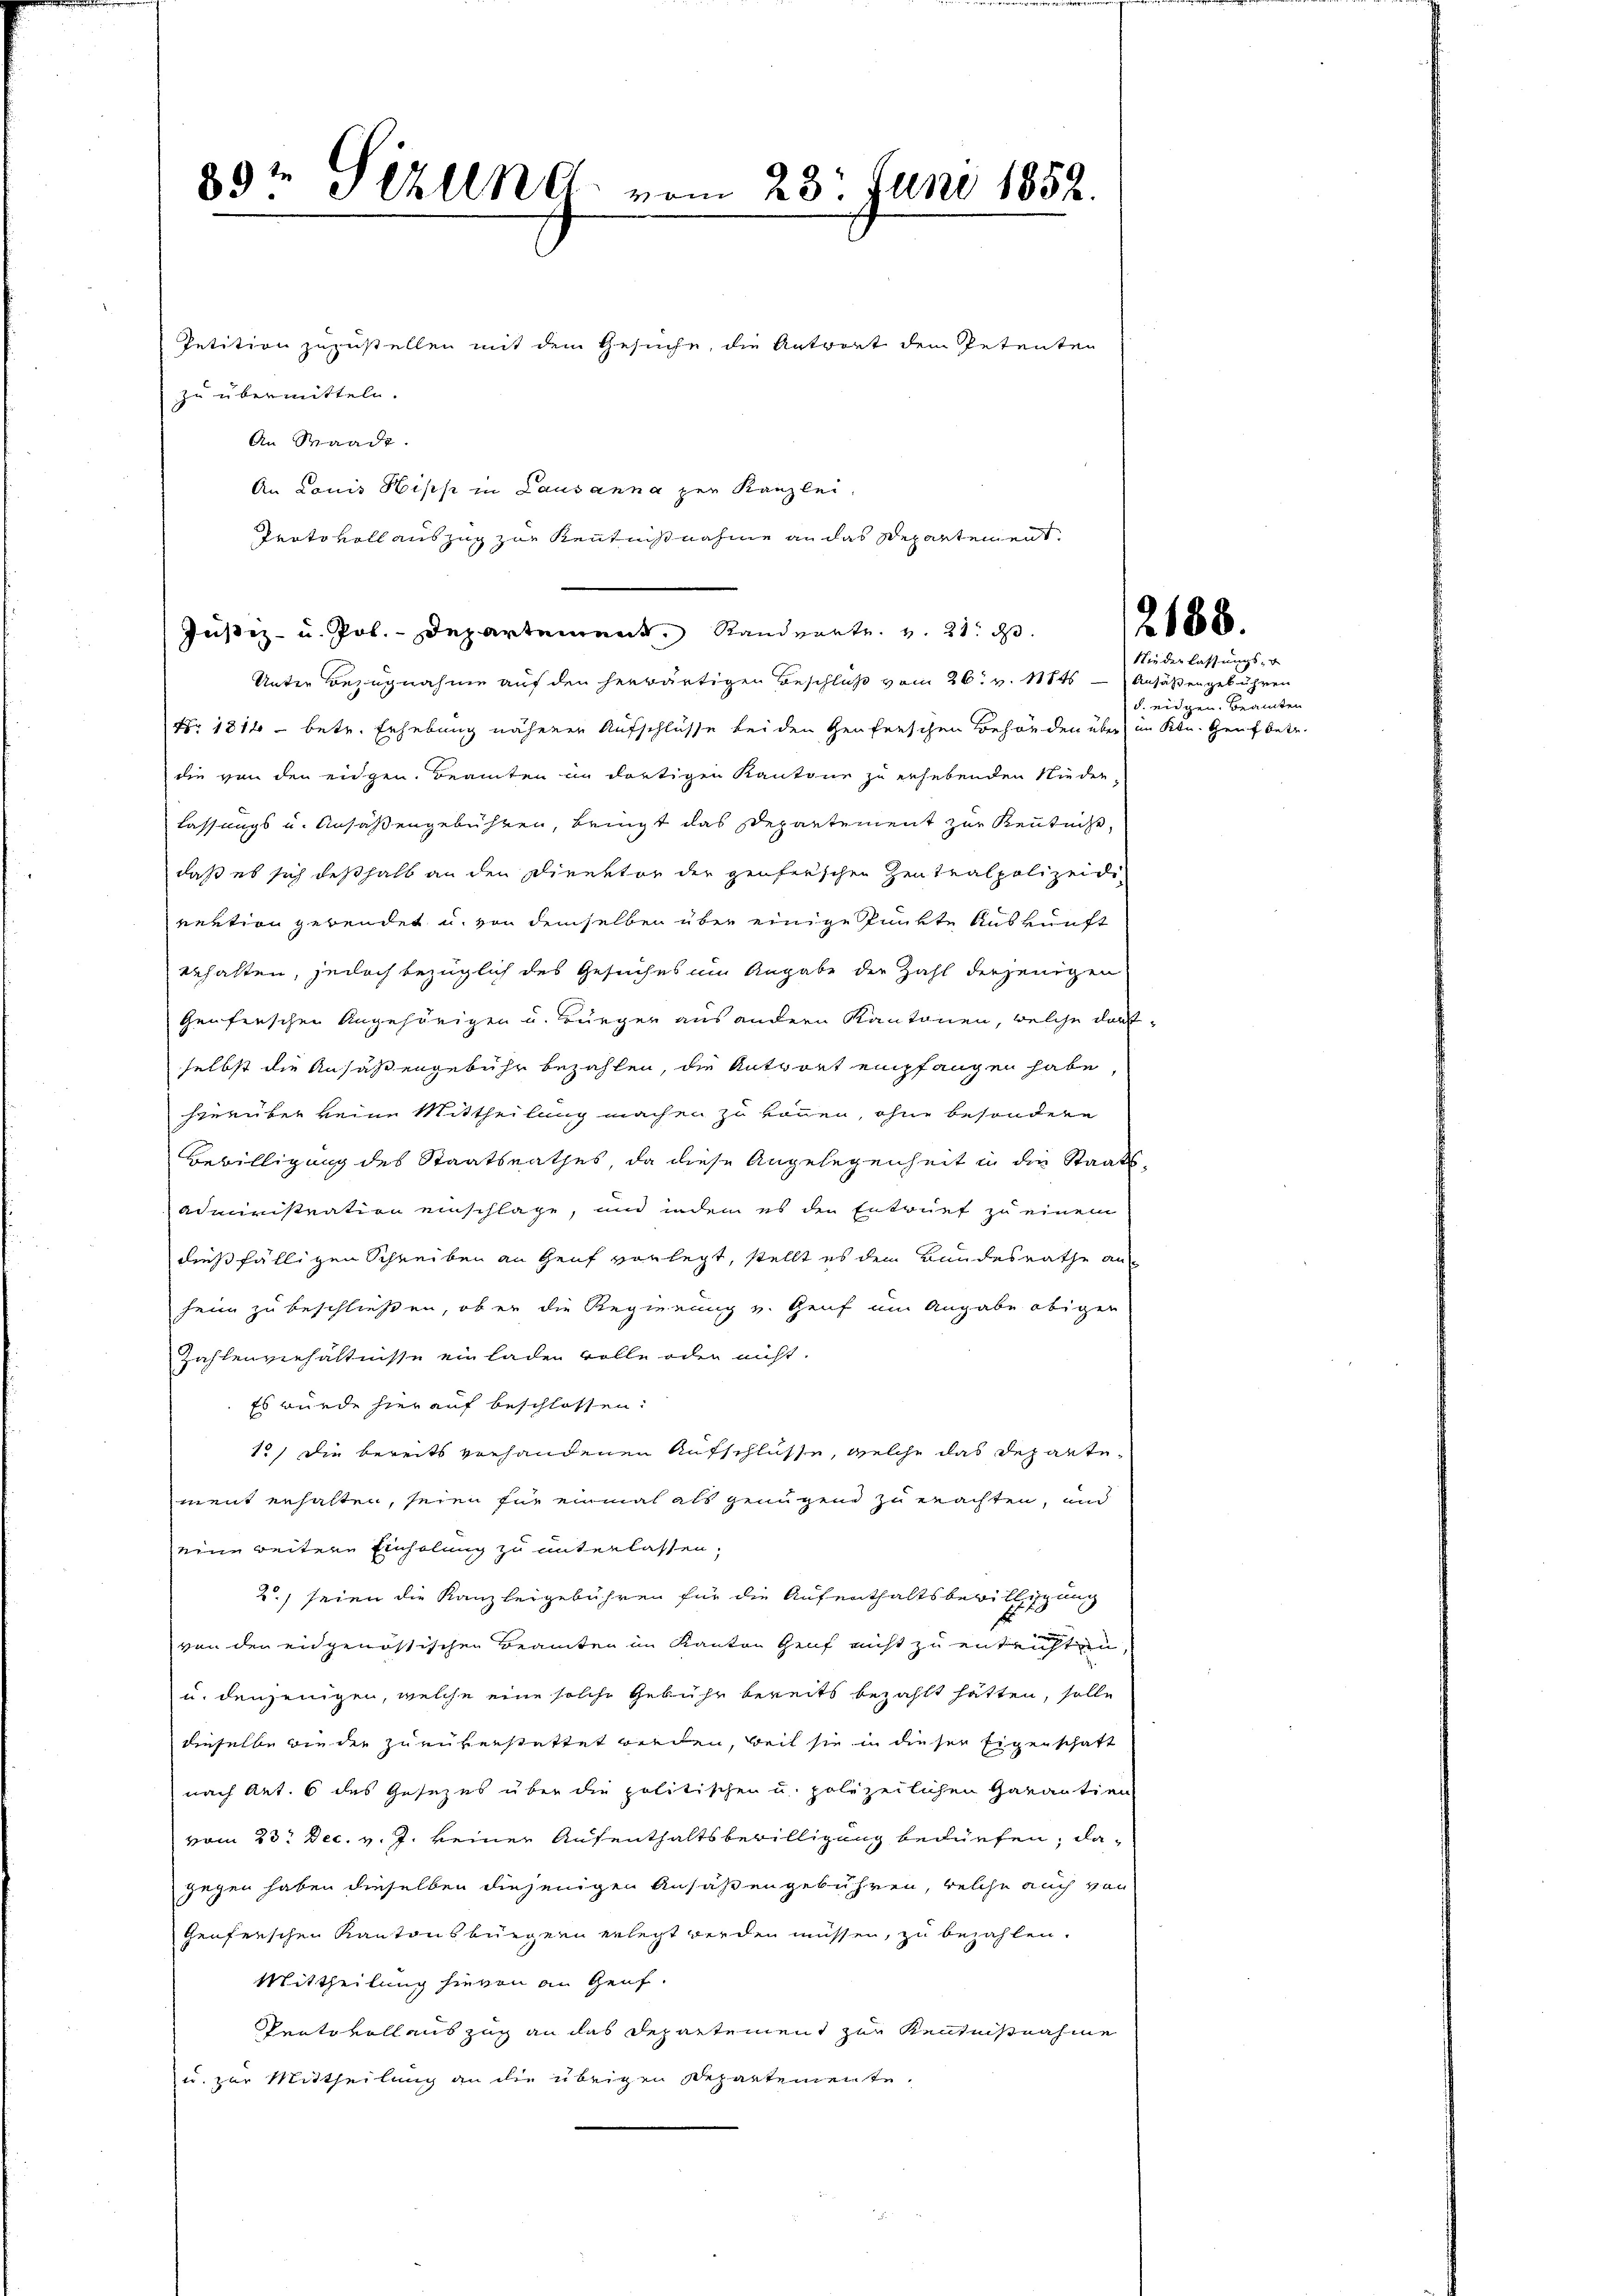
zu übermitteln.
An Waadt.
An Louis Hisch in Lausanna zur Kanzlei,
Justiz- u. Pol. Departement Randerte. v. 21. ds.
Unter Bezugnahme auf den herwärtigen Beschluß vom 26t v. 11845 — Ansäßengebühren
Nr. 1814 - betr. Erhebung näherer Aufschlüsse bei den Genferschen Behörden über im Ktn. Genf betr.
die von den eidgen. Beamten im dortigen Kantone zu erhebenden Nieder
lassungs u. Ansäßengebühren, bringt das Departement zur Kenntniß,
daß es sich deßhalb an den Direktor der genferschen Zentralpolizeidi-
vention gebendet u. von demselben über einige Punkte Auskunft
behalten, jedoch bezüglich des Gesuches um Angabe der Zahl derjenigen
Genferschen Angehörigen u. Bürger aus andern Kantonen, welche darf.
selbst die Ansäßengebühr bezahlen, die Antwort empfangen habe,
hierüber keine Mittheilung machen zu können, ohne besondere
Bewilligung des Staatsrathes, da diese Angelegenheit in die Staats-
administration einschlage, und indem es den Entwurf zu einem
dießfälligen Schreiben an Genf vorlegt, stellt es dem Bundesrathe anheim zu beschließen, ob er die Regierung v. Genf im Angabe obiger
Zahlenverhältnisse einladen wolle oder nicht.
Es würde hier auf beschlossen:
10) Die bereits vorhandenen Aufschlüsse, welche das Departement erhalten, seien für einmal als genügen zu erachten, und
eine weitere Einholung zu unterlassen,
2.) seien die Kanzleigebühren für die Aufenthaltsbewilligung
von den eidgenössischen Beamten im Kanton Genf nicht zu entrichten,
u. denjenigen, welche eine solche Gebühr bereits bezahlt hätten, solle
dieselbe wieder zurükerstattet werden, weil sie in dieser Eigenschaft
nach Art. 6 des Gesezes über die politischen u. polizeilichen Garantien
vom 23. Dec. v. J. keiner Aufenthaltsbewilligung bedürfen, dagegen haben dieselben diejenigen Ansäßengebühren, welche auch vor
Genferschen Kantonsbürgern erlegt werden müssen, zu bezahlen.
Mittheilung hievon an Genf.
Pentovollauszug an das Departement zur Kenntnißnahme
u. zur Mittheilung an die übrigen Departemente,

29t Sizung vom 23. Juni 1852.
e

Petition zuzustellen mit dem Gesuche, die Antwort dem Petenten

Protokoll auszug zur Kenntnißnahme an das Departement.

2188.

Niederlassungs-
d. eidgen. Beamten